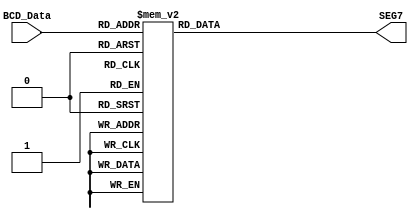
module BCD_7Seg (BCD_Data , SEG7);
input [ 3:0]BCD_Data;
output reg [ 7 : 0]SEG7;
always@ (BCD_Data)
begin
		case (BCD_Data)
		0 : SEG7<=8'b1100_0000;
		1 : SEG7<=8'b1111_1001;
		2 : SEG7<=8'b1010_0100;
		3 : SEG7<=8'b1011_0000 ;
		4 : SEG7<=8'b1001_1001;
		5 : SEG7<=8'b1001_0010;
		6 : SEG7<=8'b1000_0010;
		7 : SEG7<=8'b1111_1000;
		8 : SEG7<=8'b1000_0000;
		9 : SEG7<=8'b1001_0000;
		default SEG7<=8'b1111_1111;
		endcase
end
endmodule